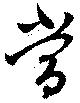
当